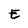
Character: E